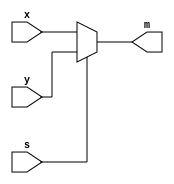
// 2-to-1 Multiplexer with a Select input s.
// If s=0, multiplexer's output m is equal to the input x, and if s=1, the output is equal to y.
// Verilog statement : assign m = (~s & x) | (s & y);

module MUX1(

	input	wire	x,
	input	wire	y,
	input	wire	s,
	output	wire	m

);

assign m = s ? y : x; // (s = 1) => y , (s = 0) => x

// second case, if you want to use not 'wire' but 'reg'
// you should use 'output reg m' & 'always sentence'
// always @*
// m = s ? y : x;
// However, Why use the Procedure Block? It's very easy code. So We had better use the Continuous Block.
endmodule


module MUX4(

	input	wire	[3:0]	x,
	input	wire	[3:0]	y,
	input	wire	[0:0]	s,
	output	wire	[3:0]	m

);

MUX1	u0	(.x(x[0]), .y(y[0]), .s(s), .m(m[0]));
MUX1	u1	(.x(x[1]), .y(y[1]), .s(s), .m(m[1]));
MUX1	u2	(.x(x[2]), .y(y[2]), .s(s), .m(m[2]));
MUX1	u3	(.x(x[3]), .y(y[3]), .s(s), .m(m[3]));

endmodule



	module	tb;

	reg	[3:0]	x;
	reg	[3:0]	y;
	reg	s;
	wire	[3:0]	m;

MUX4	u0	(.x(x), .y(y), .s(s), .m(m));

	initial	begin
		$dumpfile("2:1MUX.vcd");
		$dumpvars;
	#100 $finish;

	end

	initial	begin
		#10
		x = 4'd1; y= 4'd2; s= 1'b0;
		#20
		x = 4'd3; y= 4'd4; s= 1'b1;
		end



endmodule